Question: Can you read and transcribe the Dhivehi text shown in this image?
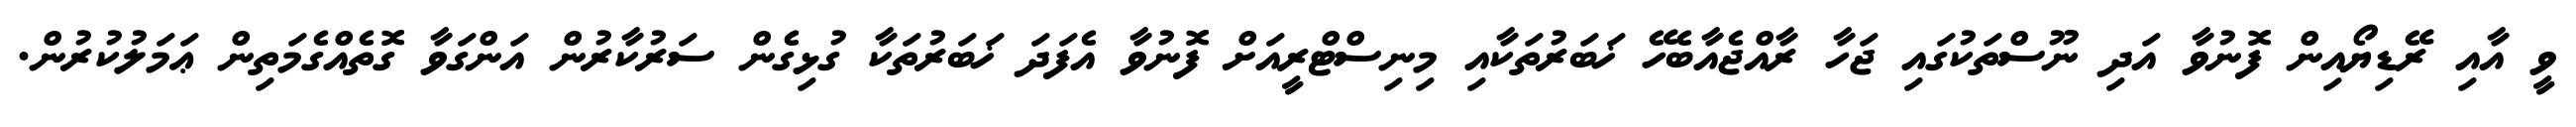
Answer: ވީ އާއި ރޭޑިޔޯއިން ފޮނުވާ އަދި ނޫސްތަކުގައި ޖަހާ ރާއްޖެއާބެހޭ ޚަބަރުތަކާއި މިނިސްޓްރީއަށް ފޮނުވާ އެފަދަ ޚަބަރުތަކާ ގުޅިގެން ސަރުކާރުން އަންގަވާ ގޮތެއްގެމަތިން ޢަމަލުކުރުން.